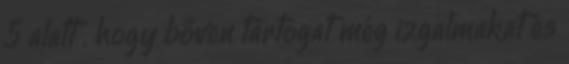
5 alatt . hogy bőven tartogat még izgalmakat és